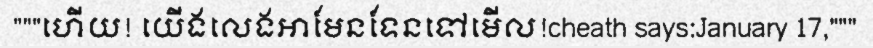
"""ហើយ! យើងលេងអាមែនទែនទៅមើល!cheath says:January 17,"""